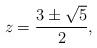
LaTeX: \begin{align*}z = \frac{3 \pm \sqrt{5}}{2},\end{align*}